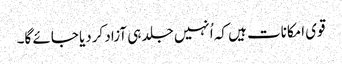
قوی امکانات ہیں کہ اُنہیں جلد ہی آزاد کردیا جائے گا۔